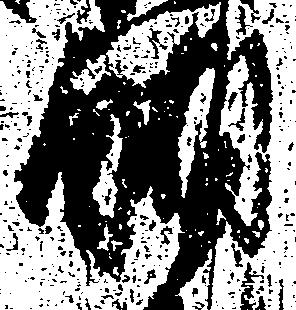
醐